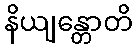
နိယျန္တောတိ